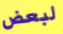
لبعض